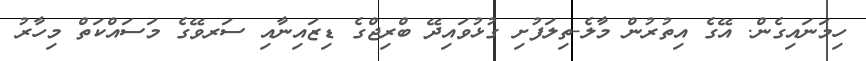
ހިމަނައިގެން. އޭގެ އިތުރުން މާލެ-ތިލަފުށި ގުޅުވައިދޭ ބްރިޖްގެ ޑިޒައިނާއި ސަރވޭގެ މަސައްކަތް މިހާރު